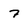
Character: 7